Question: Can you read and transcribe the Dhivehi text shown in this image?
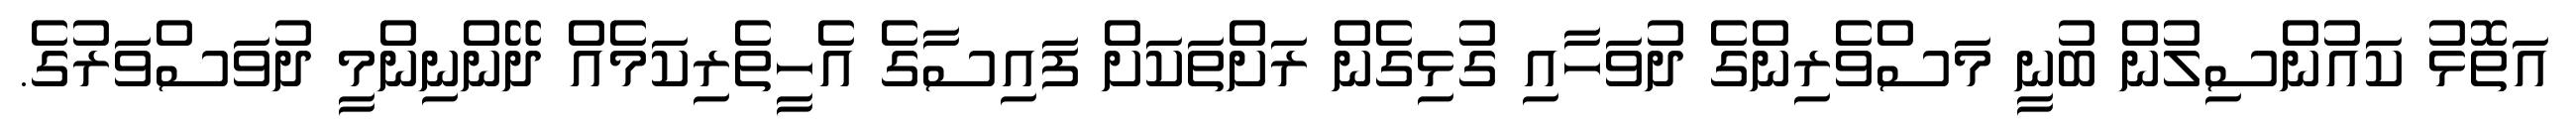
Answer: އަތޮޅު ކައުންސިލުން ބުނީ މަސްވެރިންގެ ދުވަހާއި ގުޅިގެން ރަށްތަކަށް ފައިސާގެ އެހީތެރިކަމެއް ދޭންނިންމީ ދުވަސްވަރުގެ.